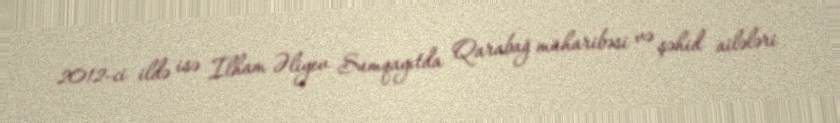
2012-ci ildə isə İlham Əliyev Sumqayıtda Qarabağ müharibəsi və şəhid ailələri